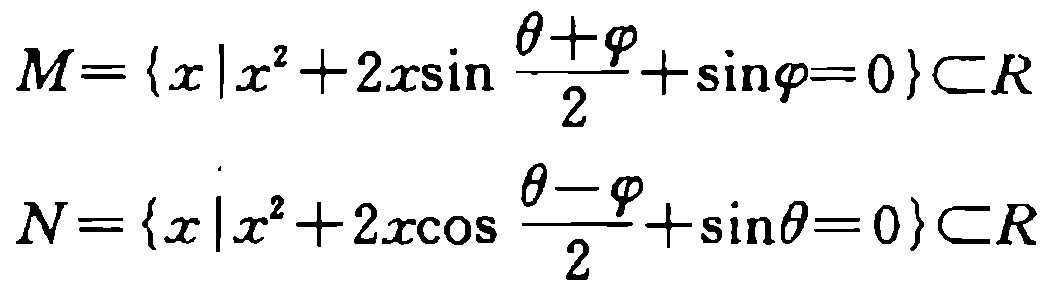
\[

M = \left\{x \mid x^{2}+2x\sin\frac{\theta + \varphi}{2}+\sin\varphi = 0\right\} \subset R

\]

\[

N = \left\{x \mid x^{2}+2x\cos\frac{\theta - \varphi}{2}+\sin\theta = 0\right\} \subset R

\]